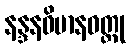
နန္ဒနဝိမာနဝတ္ထု